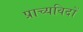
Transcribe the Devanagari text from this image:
प्राच्यविदों